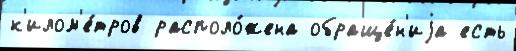
к'илом'е́тров располо́жена обраще́н'иjа есть